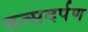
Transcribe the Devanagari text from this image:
तत्सदर्पण